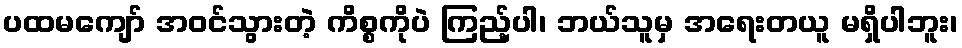
ပထမကျော် အဝင်သွားတဲ့ ကိစ္စကိုပဲ ကြည့်ပါ၊ ဘယ်သူမှ အရေးတယူ မရှိပါဘူး၊